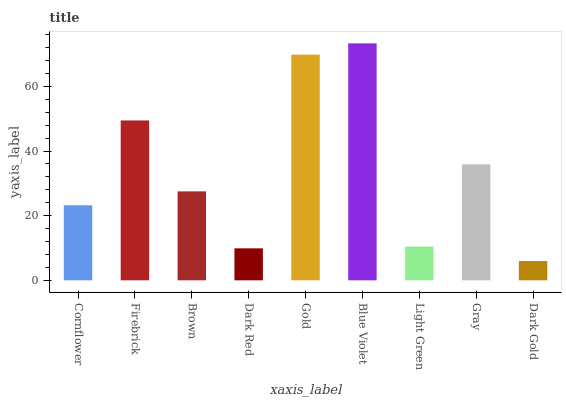
| xaxis_label | bars |
 | --- | --- |
 | Cornflower | 23.2 |
 | Firebrick | 49.5 |
 | Brown | 27.5 |
 | Dark Red | 9.89 |
 | Gold | 69.8 |
 | Blue Violet | 73.3 |
 | Light Green | 10.4 |
 | Gray | 35.9 |
 | Dark Gold | 5.97 |